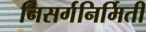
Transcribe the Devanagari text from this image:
निसर्गनिर्मिती